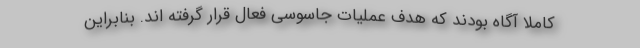
کاملاً آگاه بودند که هدف عملیات جاسوسی فعال قرار گرفته اند. بنابراین